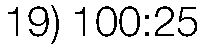
19) 100:25